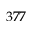
3 7 7